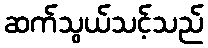
ဆက်သွယ်သင့်သည်